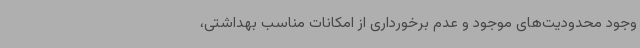
وجود محدودیت‌های موجود و عدم برخورداری از امکانات مناسب بهداشتی،